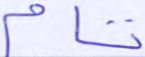
تام